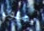
يصلون